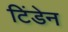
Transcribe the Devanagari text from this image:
टिंडेन